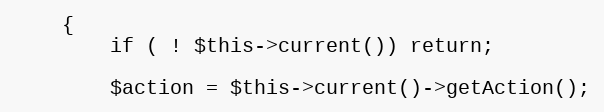
Language: PHP
	{
		if ( ! $this->current()) return;

		$action = $this->current()->getAction();